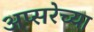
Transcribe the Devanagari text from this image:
अप्सरेच्या